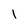
Character: l